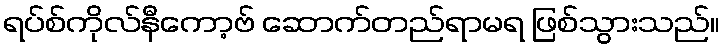
ရပ်စ်ကိုလ်နီကော့ဗ် ဆောက်တည်ရာမရ ဖြစ်သွားသည်။